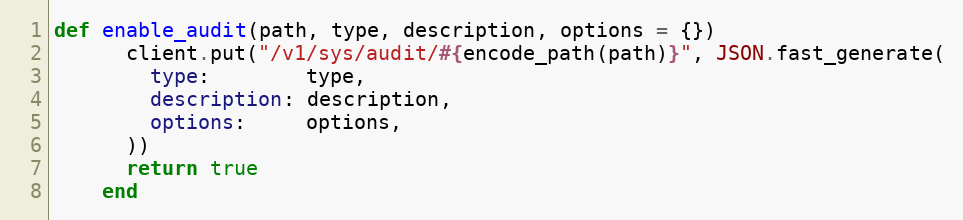
Language: Ruby
def enable_audit(path, type, description, options = {})
      client.put("/v1/sys/audit/#{encode_path(path)}", JSON.fast_generate(
        type:        type,
        description: description,
        options:     options,
      ))
      return true
    end